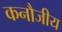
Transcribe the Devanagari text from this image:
कनौजीय